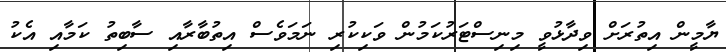
ޔާމީން އިތުރަށް ވިދާޅުވީ މިނިސްޓަރުކަމުން ވަކިކުރި ނަމަވެސް އިތުބާރާއި ސާބިތު ކަމާއި އެކު